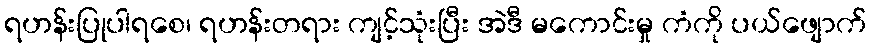
ရဟန်းပြုပါရစေ၊ ရဟန်းတရား ကျင့်သုံးပြီး အဲဒီ မကောင်းမှု ကံကို ပယ်ဖျောက်